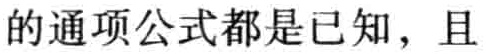
的通项公式都是已知，且